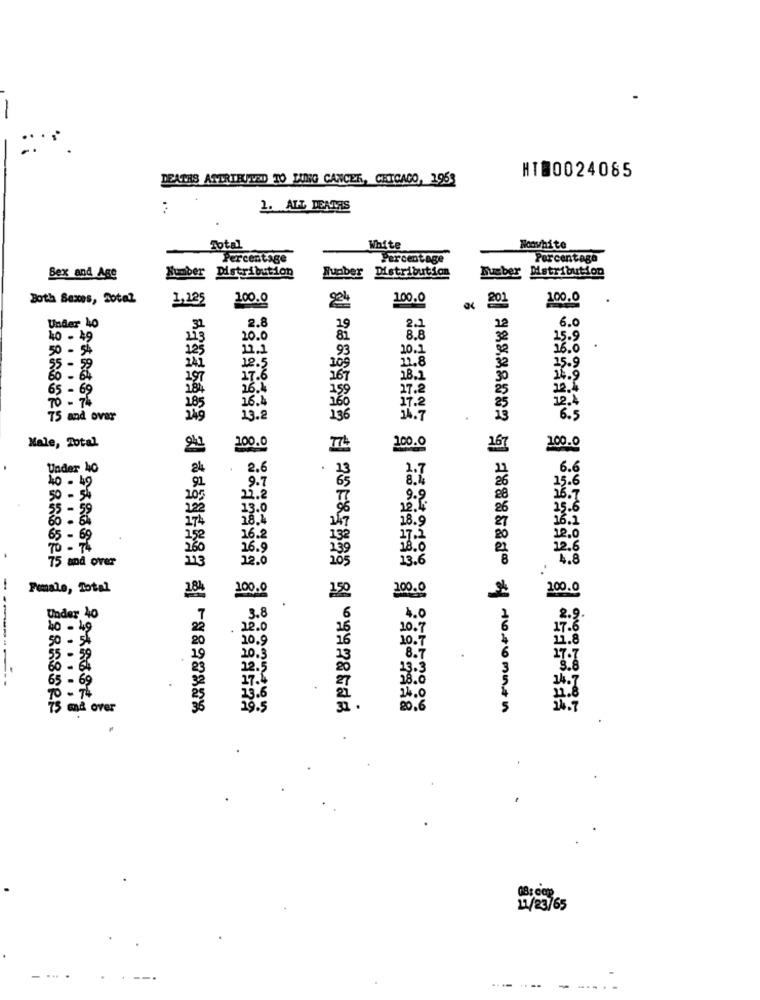
DEATHS ATTRIBUTED TO LUNG CANCER, CHICAGO, 1953
HT@0024085
...
1. ALL DEATHS
-
Total
White
Nonwhite
Percentage
Percentage
Percentage
Number Distribution
Sex and Are
Wupber Distribution
Susber Mstribution
Both 86zes, Sotal
1,235
100.0
201
100.0
100.0
2.8
Under 40
31
12
6.0
40 - 49
113
20.0
8.8
32
15.9
50 - 54
225
12.1
93
10.1
16.0
241
109
11.8
32
55 -
12.5
15.9
60 - 64
197
17.6
167
28.2
30
14.9
65 - 6
18%
26.4
27.2
25
2.4
185
16.4
70-74
........
17.2
12.4
75 and over
149
13.2
136
34.7
13
6.5
Male, Total
200.0
200.0
167
100.0
Under ho
2.6
21
6.6
91
9.7
15.6
40 - 49
50 - 54
10
22.2
16.7
55 - 59
122
13.0
26
25.6
28.4
16.1
174
27
65 - 69
16.2
22.0
16.9
12.6
12.0
13.6
8
4.8
75 and over
-
Female, Total
184
100.0
150
200.0
100.0
Under 40
3.8
4.0
2.9
22.0
10.7
17.6
50 - 5%
10.5
11.8
55
. 59
7.7
60
8.8
65
69
8.0
70- 74
4.0
2.8
and over
20.
.
08: cap
17/23/65
--...